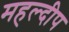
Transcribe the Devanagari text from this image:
महल्दीप